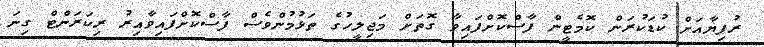
ރުފިޔާއަށް ކުޑަކުރަން ކޮމެޓީން ފާސްކޮށްފައިވާ ގޮތަށް މަޖިލީހުގެ ތަޅުމުންވެސް ފާސްކޮށްފައިވާއިރު ރިކަރަންޓް ގިނަ